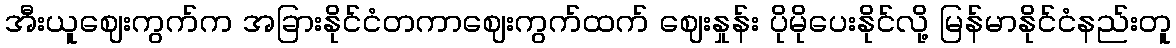
အီးယူဈေးကွက်က အခြားနိုင်ငံတကာဈေးကွက်ထက် ဈေးနှုန်း ပိုမိုပေးနိုင်လို့ မြန်မာနိုင်ငံနည်းတူ